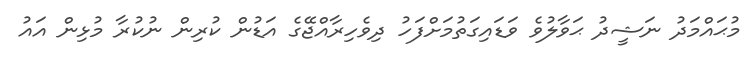
މުޙައްމަދު ނަޝީދު ޙަވާލުވެ ވަޑައިގަތުމަށްފަހު ދިވެހިރާއްޖޭގެ އަޑުން ކުރިން ނުކުރާ މުޅިން އައު